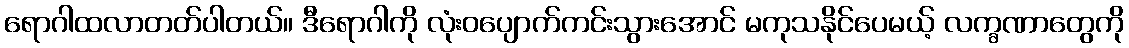
ရောဂါထလာတတ်ပါတယ်။ ဒီရောဂါကို လုံးဝပျောက်ကင်းသွားအောင် မကုသနိုင်ပေမယ့် လက္ခဏာတွေကို